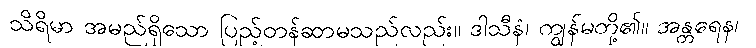
သိရိမာ အမည်ရှိသော ပြည့်တန်ဆာမသည်လည်း။ ဒါသီနံ၊ ကျွန်မတို့၏။ အန္တရေန၊